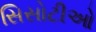
સિસોટીઓ